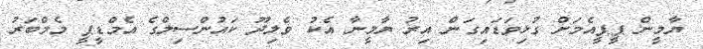
ޔާމީން ޕީޕީއެމަށް ގުޅިވަޑައިގަން އިރު ޔާމީނާ އެކު ވެލިދޫ ކައުންސިލްގެ އެމްޑީޕީ މެމްބަރު